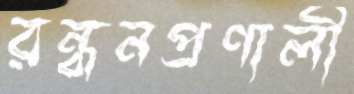
রন্ধনপ্রণালী